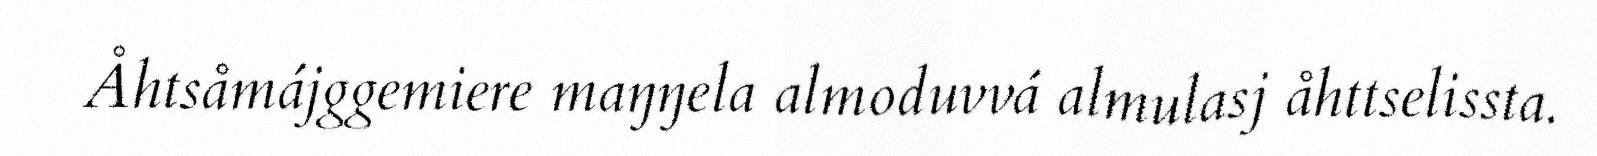
Åhtsåmájggemiere maŋŋela almoduvvá almulasj åhttselissta.